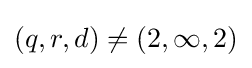
(q,r,d)\neq (2,\infty ,2)